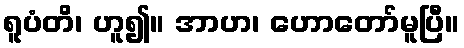
ရူပံတိ၊ ဟူ၍။ အာဟ၊ ဟောတော်မူပြီ။